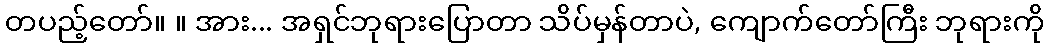
တပည့်တော်။ ။ အား... အရှင်ဘုရားပြောတာ သိပ်မှန်တာပဲ, ကျောက်တော်ကြီး ဘုရားကို